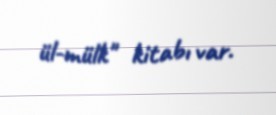
ül-mülk" kitabı var.